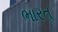
ભારતૢ